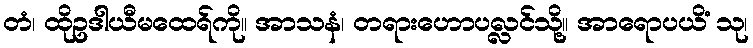
တံ၊ ထိုဥဒါယီမထေရ်ကို။ အာသနံ၊ တရားဟောပလ္လင်သို့။ အာရောပယိံ သု၊